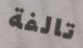
تالفة